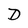
Character: D